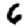
Digit: 6